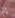
إلم